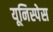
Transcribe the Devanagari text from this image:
यूनिस्पेस